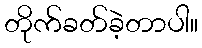
တိုက်ခတ်ခဲ့တာပါ။